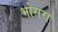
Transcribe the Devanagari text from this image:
भोसरा